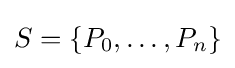
S=\{P_{0},\ldots ,P_{n}\}